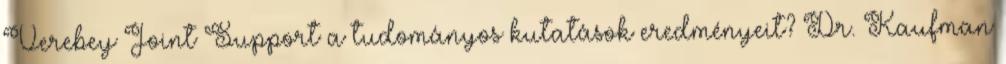
Verebey Joint Support a tudományos kutatások eredményeit? Dr. Kaufman